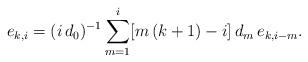
LaTeX: \begin{align*}e_{k,i}=(i\,d_0)^{-1}\sum_{m=1}^{i}[m\,(k+1)-i]\,d_m\,e_{k,i-m}.\end{align*}